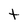
Character: t